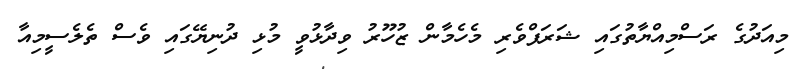
މިއަދުގެ ރަސްމިއްޔާތުގައި ޝަރަފްވެރި މެހެމާން ޒުހޫރު ވިދާޅުވީ މުޅި ދުނިޔޭގައި ވެސް ތެލެސީމިއާ